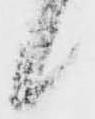
候